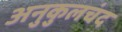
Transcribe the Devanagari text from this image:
अनुकुलचंद